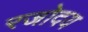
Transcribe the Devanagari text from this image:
रजोदय